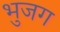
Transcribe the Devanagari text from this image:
भुजग